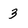
Character: 3